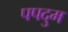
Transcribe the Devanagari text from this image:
पपदुम